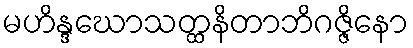
မဟိန္ဒဃောသတ္ထနိတာဘိဂဇ္ဇိနော